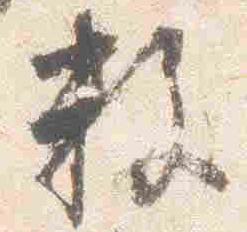
数